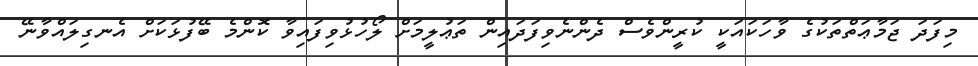
މިފަދަ ޖަމާޢަތްތަކުގެ ވާހަކައަކީ ކުރީންވެސް ދެންނެވިފަދައިން ތަޢުލީމަށް ލޯހުޅުވިފައިވާ ކޮންމެ ބޭފުޅަކަށް އެނގިލައްވާނޭ